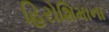
હિરોશિમાના